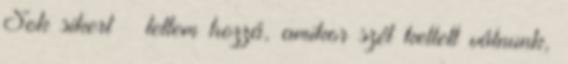
Sok sikert – tettem hozzá, amikor szét kellett válnunk,